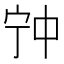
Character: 𡧲